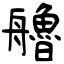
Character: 艪